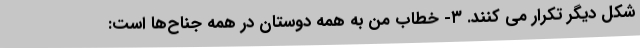
شکل دیگر تکرار می کنند. ٣- خطاب من به همه دوستان در همه جناح‌ها است: